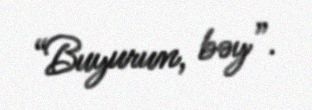
“Buyurun, bəy”.